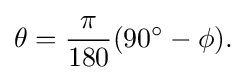
\theta ={\frac {\pi }{180}}(90^{\circ }-\phi ).\,\!